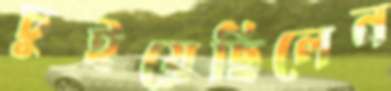
চুইয়েছিলেন